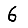
Digit: 6